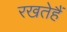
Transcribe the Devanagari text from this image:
रखतेहैं